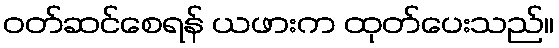
ဝတ်ဆင်စေရန် ယဖားက ထုတ်ပေးသည်။